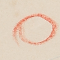
٥